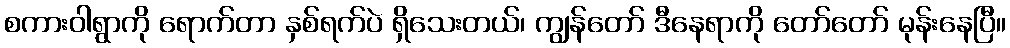
စကားဝါရွာကို ရောက်တာ နှစ်ရက်ပဲ ရှိသေးတယ်၊ ကျွန်တော် ဒီနေရာကို တော်တော် မုန်းနေပြီ။